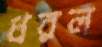
ধরল